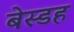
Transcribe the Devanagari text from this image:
बेस्डह